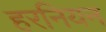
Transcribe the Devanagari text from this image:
हरनियन